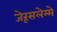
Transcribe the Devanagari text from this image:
जेरूसलेम्मे